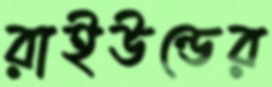
রাইউন্ডের